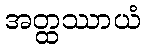
အတ္ထဿာယံ